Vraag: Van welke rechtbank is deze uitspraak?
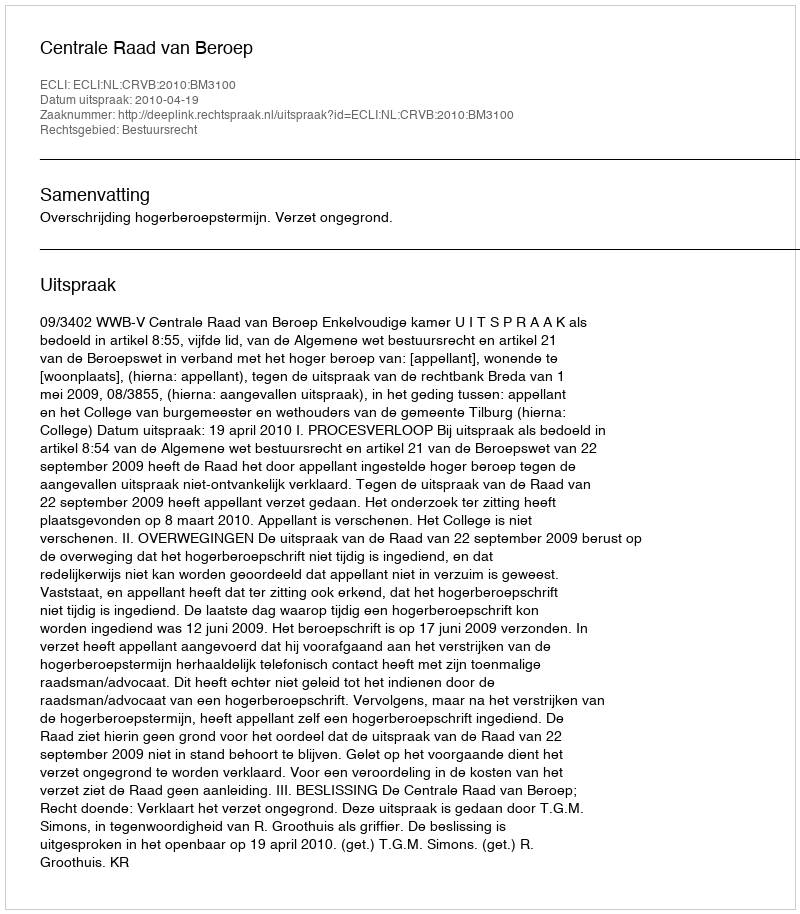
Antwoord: Centrale Raad van Beroep